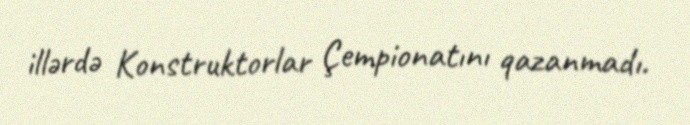
illərdə Konstruktorlar Çempionatını qazanmadı.